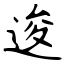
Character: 逡